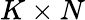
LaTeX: K\times N